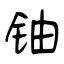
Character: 铀